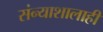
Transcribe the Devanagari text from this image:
संन्याशालाही